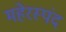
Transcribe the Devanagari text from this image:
महेरस्पंद